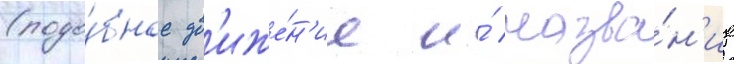
(подо́бное дв'иже́н'ие и́ назва́н'ие